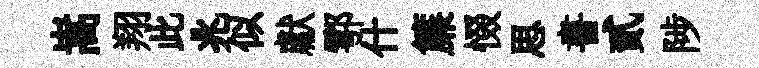
嵩翔此兆似獻鄠什簾惙思書貳陟